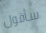
سأقول